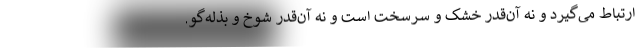
ارتباط می‌گیرد و نه آن‌قدر خشک و سرسخت است و نه آن‌قدر شوخ و بذله‌گو.